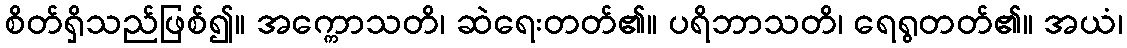
စိတ်ရှိသည်ဖြစ်၍။ အက္ကောသတိ၊ ဆဲရေးတတ်၏။ ပရိဘာသတိ၊ ရေရွတတ်၏။ အယံ၊